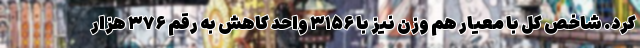
کرد. شاخص کل با معیار هم وزن نیز با ۳۱۵۶ واحد کاهش به رقم ۳۷۶ هزار